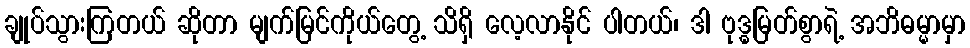
ချုပ်သွားကြတယ် ဆိုတာ မျက်မြင်ကိုယ်တွေ့ သိရှိ လေ့လာနိုင် ပါတယ်၊ ဒါ ဗုဒ္ဓမြတ်စွာရဲ့ အဘိဓမ္မာမှာ